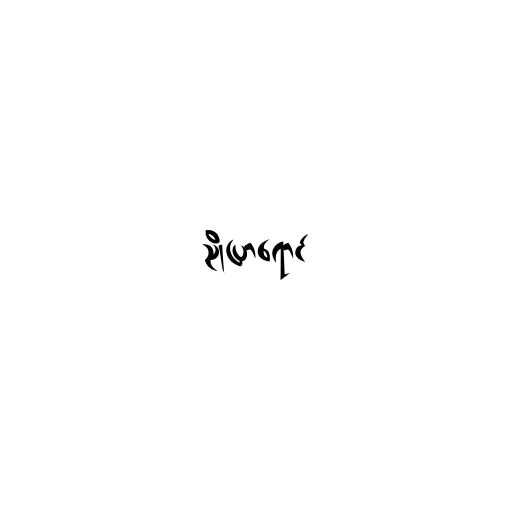
ညိုပြာရောင်